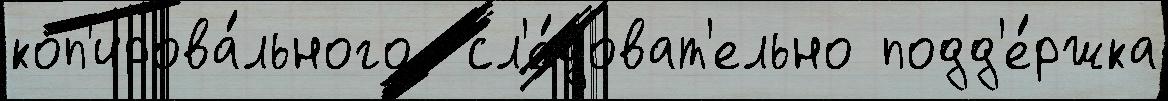
коп'ирова́льного  сл'е́доват'ельно подд'е́ржка